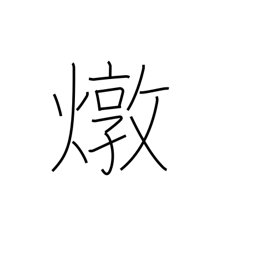
Meaning: fiery